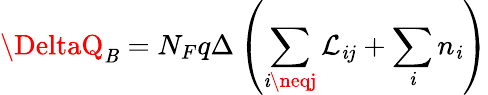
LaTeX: \DeltaQ_{\mathit{B}}=N_{F}q\Delta\left(\sum_{\mathit{i}\neqj}{\cal\mathcal{L}}_{\mathit{i}j}+\sum_{\mathit{i}}n_{\mathit{i}}\right)